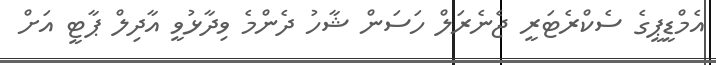
އެމްޑީޕީގެ ސެކްރެޓަރީ ޖެނެރަލް ހަސަން ޝާހު ދެންމެ ވިދާޅުވީ އާދިލް ޕާޓީ އަށް